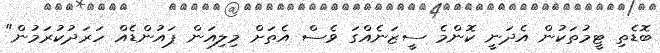
ބޮޑެތި ޓީމުތަކުން އެދަނީ ކޮންމެ ސީޒަނެއްގަ ވެސް އެތަށް މިލިއަން ޕައުންޑެއް ހަރަދުކުރަމުން"